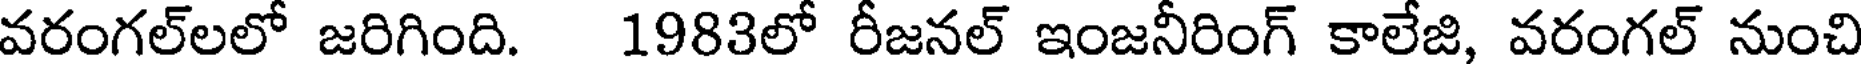
వరంగల్లలో జరిగింది. 1983లో రీజనల్ ఇంజనీరింగ్ కాలేజి, వరంగల్ నుంచి